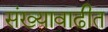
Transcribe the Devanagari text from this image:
संख्यावाढीत